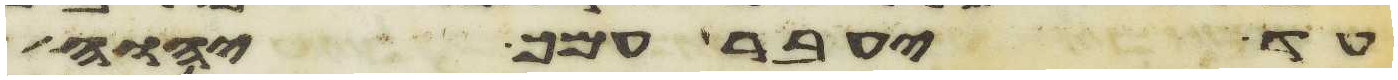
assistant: עד יעבר עמך יהוה